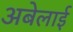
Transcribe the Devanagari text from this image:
अबेलाई